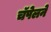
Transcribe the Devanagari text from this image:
चॅपेलने